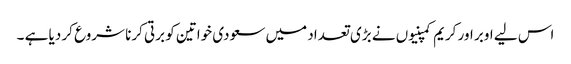
اس لیے اوبر اور کریم کمپنیوں نے بڑی تعداد میں سعودی خواتین کو برتی کرنا شروع کر دیا ہے ۔